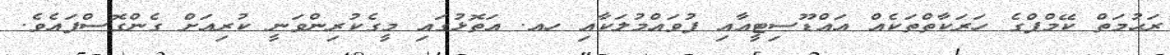
ރަޙުމަތް ކޭމްޕްގެ ހަރަކާތްތަކެއް އައްޑޫސިޓީއާއި ފުވައްމުލަކާއި ހއ. އަތޮޅުގައި މީގެކުރިންވަނީ ކުރިއަށް ގެންގޮސްފައެވެ.